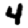
Digit: 4